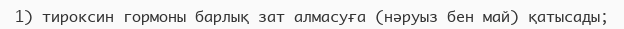
1) тироксин гормоны барлық зат алмасуға (нәруыз бен май) қатысады;